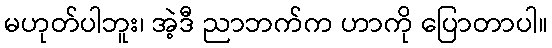
မဟုတ်ပါဘူး၊ အဲ့ဒီ ညာဘက်က ဟာကို ပြောတာပါ။